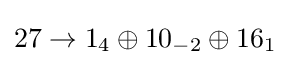
27\rightarrow 1_{4}\oplus 10_{-2}\oplus 16_{1}